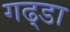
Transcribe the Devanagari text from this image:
गढ्‌डा